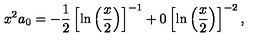
x ^ { 2 } a _ { 0 } = - \displaystyle \frac { 1 } { 2 } \left[ \ln \left( \displaystyle \frac { x } { 2 } \right) \right] ^ { - 1 } + 0 \left[ \ln \left( \displaystyle \frac { x } { 2 } \right) \right] ^ { - 2 } ,